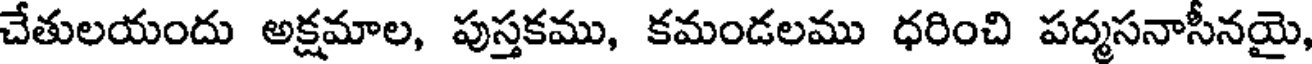
చేతులయందు అక్షమాల, పుస్తకము, కమండలము ధరించి పద్మసనాసీనయై,